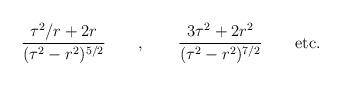
LaTeX: \begin{align*}\frac{\tau^{2}/r+2r}{(\tau^{2}-r^{2})^{5/2}} \qquad , \qquad\frac{3\tau^{2} + 2 r^{2}}{(\tau^{2}-r^{2})^{7/2}} \qquad {\rm etc.}\end{align*}